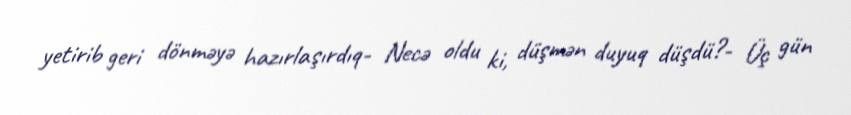
yetirib geri dönməyə hazırlaşırdıq- Necə oldu ki, düşmən duyuq düşdü?- Üç gün